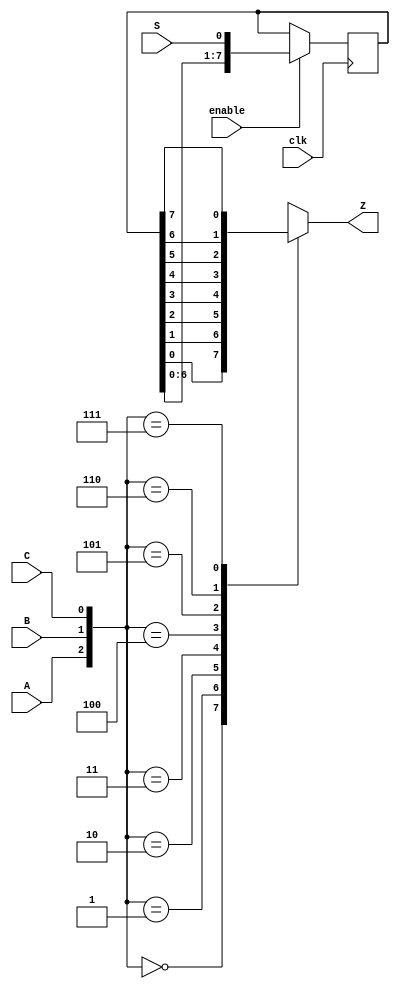
module top_module (
    input clk,
    input enable,
    input S,
    input A, B, C,
    output Z ); 
    wire [7:0]q;
    always@(posedge clk)begin
        q <= enable?{q[6:0],S}:q;
    end
    always@(*)begin
        case({A,B,C})
             3'h0:  Z <= q[0];
             3'h1:  Z <= q[1];
             3'h2:  Z <= q[2];
             3'h3:  Z <= q[3];
             3'h4:  Z <= q[4];
             3'h5:  Z <= q[5];
             3'h6:  Z <= q[6];
             3'h7:  Z <= q[7];
        endcase
    end

endmodule